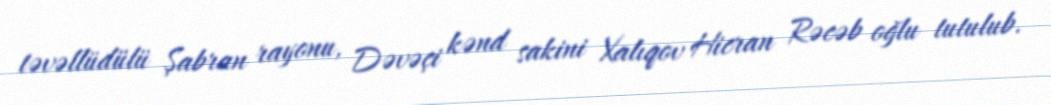
təvəllüdülü Şabran rayonu, Dəvəçi kənd sakini Xalıqov Hicran Rəcəb oğlu tutulub.